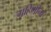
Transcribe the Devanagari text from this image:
गृहिणींना